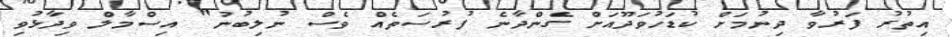
އިތުރު ފަރުވާ ދިނުމަށް ކުޑަހުވަދޫއަށް ގެންދާނެ ފުރުސަތެއް ވެސް ނުލިބުނު" އިސްމާލް ވިދާޅުވި